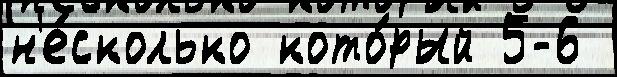
н'е́сколько кото́рый 5-6